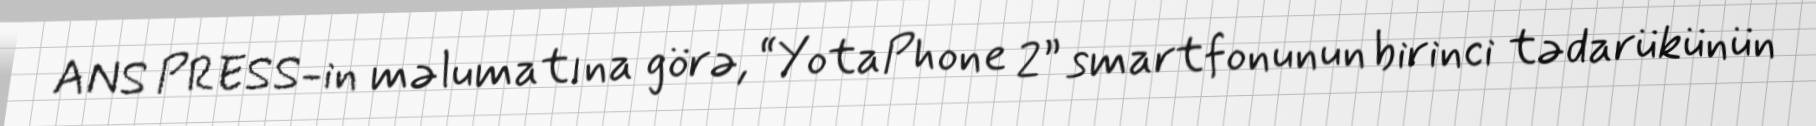
ANS PRESS-in məlumatına görə, “YotaPhone 2” smartfonunun birinci tədarükünün